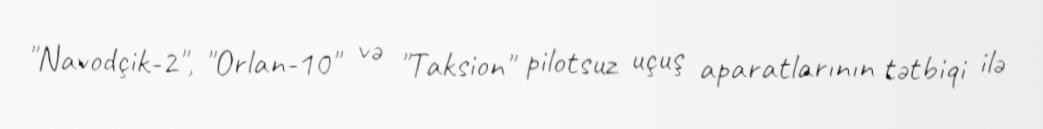
"Navodçik-2", "Orlan-10" və "Таksiоn" pilotsuz uçuş aparatlarının tətbiqi ilə